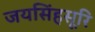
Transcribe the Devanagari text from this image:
जयसिंहसूरि